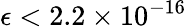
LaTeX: \epsilon<2.2\times 10^{-16}